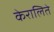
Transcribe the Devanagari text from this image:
केरालिते